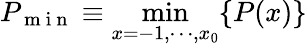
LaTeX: P_{\mathrm{~m~i~n~}}\equiv\operatorname*{min}_{x=-1,\cdots,x_{0}}\{ P(x)\}